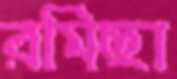
রমিছা